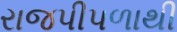
રાજપીપળાથી